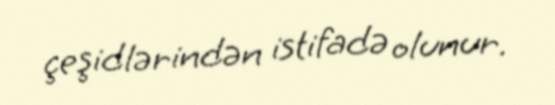
çeşidlərindən istifadə olunur.